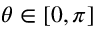
\theta \in [ 0 , \pi ]